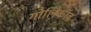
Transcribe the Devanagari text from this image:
गोलिकॉव